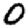
Digit: 0